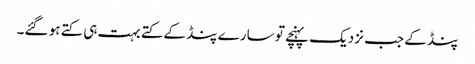
پنڈ کے جب نزدیک پہنچے تو سارے پنڈ کے کتے بہت ہی کتے ہو گئے۔